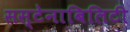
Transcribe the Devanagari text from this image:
सस्टेनाबिलिटी